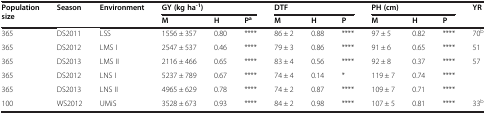
<table><thead><tr><td rowspan="2"><b>Population size</b></td><td rowspan="2"><b>Season</b></td><td rowspan="2"><b>Environment</b></td><td colspan="3"><b>GY (kg ha<sup>-1</sup>)</b></td><td colspan="3"><b>DTF</b></td><td colspan="3"><b>PH (cm)</b></td><td rowspan="2"><b>YR</b></td></tr><tr><td><b>M</b></td><td><b>H</b></td><td><b>P<sup>a</sup></b></td><td><b>M</b></td><td><b>H</b></td><td><b>P</b></td><td><b>M</b></td><td><b>H</b></td><td><b>P</b></td></tr></thead><tbody><tr><td>365</td><td>DS2011</td><td>LSS</td><td>1556 ± 357</td><td>0.80</td><td>****</td><td>86 ± 2</td><td>0.88</td><td>****</td><td>97 ± 5</td><td>0.82</td><td>****</td><td>70<sup>b</sup></td></tr><tr><td>365</td><td>DS2012</td><td>LMS I</td><td>2547 ± 537</td><td>0.46</td><td>****</td><td>79 ± 3</td><td>0.86</td><td>****</td><td>91 ± 6</td><td>0.65</td><td>****</td><td>51</td></tr><tr><td>365</td><td>DS2013</td><td>LMS II</td><td>2116 ± 466</td><td>0.65</td><td>****</td><td>83 ± 4</td><td>0.56</td><td>****</td><td>92 ± 8</td><td>0.37</td><td>****</td><td>57</td></tr><tr><td>365</td><td>DS2012</td><td>LNS I</td><td>5237 ± 789</td><td>0.67</td><td>****</td><td>74 ± 4</td><td>0.14</td><td>*</td><td>119 ± 7</td><td>0.74</td><td>****</td><td> </td></tr><tr><td>365</td><td>DS2013</td><td>LNS II</td><td>4965 ± 629</td><td>0.78</td><td>****</td><td>74 ± 2</td><td>0.87</td><td>****</td><td>109 ± 7</td><td>0.71</td><td>****</td><td> </td></tr><tr><td>100</td><td>WS2012</td><td>UMiS</td><td>3528 ± 673</td><td>0.93</td><td>****</td><td>84 ± 2</td><td>0.98</td><td>****</td><td>107 ± 5</td><td>0.81</td><td>****</td><td>33<sup>b</sup></td></tr></tbody></table>